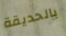
بالحديقة